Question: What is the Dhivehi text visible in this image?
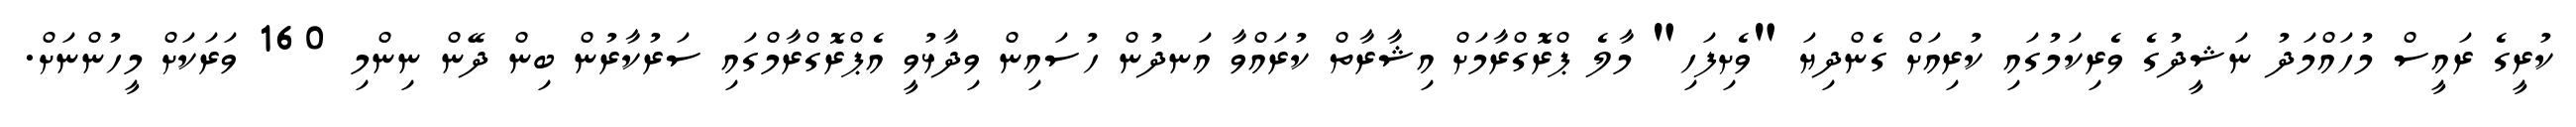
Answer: ކުރީގެ ރައީސް މުހައްމަދު ނަޝީދުގެ ވެރިކަމުގައި ކުރިއަށް ގެންދިޔަ "ވެށިފަހި" މާލެ ޕްރޮގްރާމަށް އިޝާރާތް ކުރައްވާ އަނދުން ހުސައިން ވިދާޅުވީ އެޕްރޮގްރާމްގައި ސަރުކާރުން ބިން ދޭން ނިންމި 160 ވަރަކަށް މީހުންނަށް.